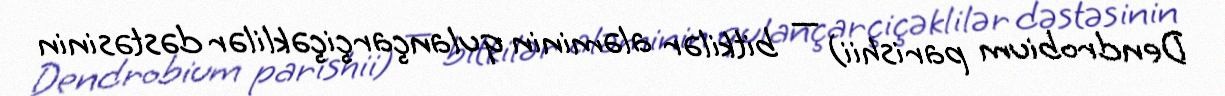
Dendrobium parishii) — bitkilər aləminin qulançarçiçəklilər dəstəsinin